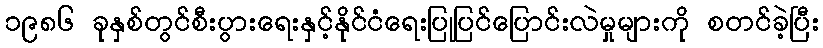
၁၉၈၆ ခုနှစ်တွင်စီးပွားရေးနှင့်နိုင်ငံရေးပြုပြင်ပြောင်းလဲမှုများကို စတင်ခဲ့ပြီး